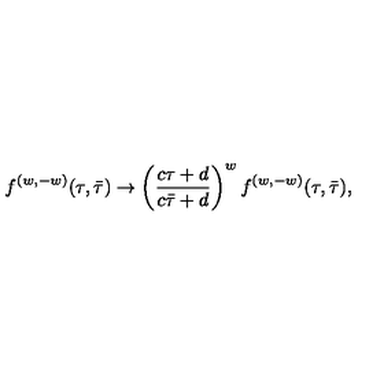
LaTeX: { f ^ { ( w , - w ) } ( \tau , \bar { \tau } ) \to \left( { \frac { c \tau + d } { c \bar { \tau } + d } } \right) ^ { w } f ^ { ( w , - w ) } ( \tau , \bar { \tau } ) , }